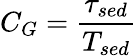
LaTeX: C_{G}=\frac{\tau_{\textit{sed}}}{T_{\textit{sed}}}